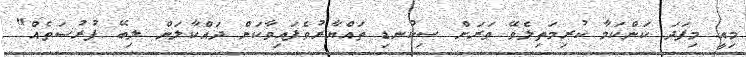
މިއީ މިފަދަ ކަންކަމާ ކުރިމަތިލެވޭ ވަރަށް ސިކުނޑި ތައްޔާރުވެފައިވާކަން ދައްކާލަން ލިބޭ ފުރުސަތެއް"